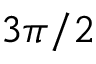
3 \pi / 2